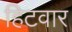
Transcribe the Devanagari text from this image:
हिटवार